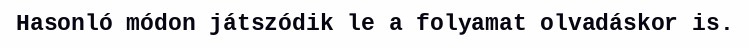
Hasonló módon játszódik le a folyamat olvadáskor is.